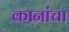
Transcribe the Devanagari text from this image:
कानांचा